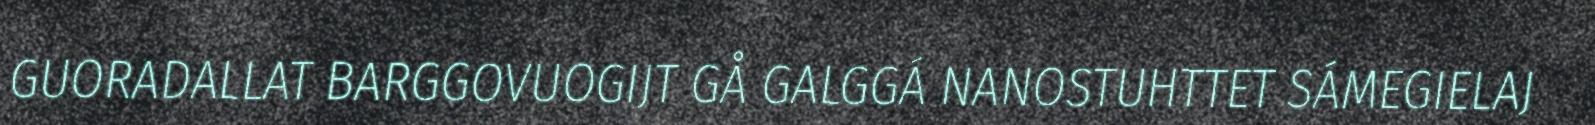
GUORADALLAT BARGGOVUOGIJT GÅ GALGGÁ NANOSTUHTTET SÁMEGIELAJ